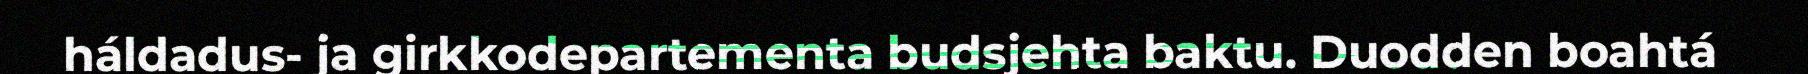
háldadus- ja girkkodepartementa budsjehta baktu. Duodden boahtá